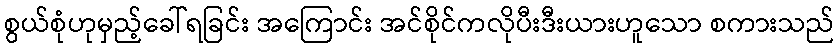
စွယ်စုံဟုမှည့်ခေါ်ရခြင်း အကြောင်း အင်စိုင်ကလိုပီးဒီးယားဟူသော စကားသည်